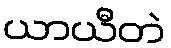
ယာယီတဲ